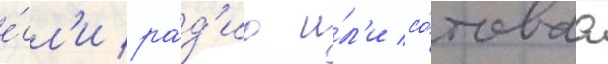
е́сл'и ра́д'ио и́л'и со́товаа